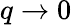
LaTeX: q\rightarrow 0